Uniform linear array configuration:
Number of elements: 16
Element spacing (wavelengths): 0.75
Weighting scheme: hamming
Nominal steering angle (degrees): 30
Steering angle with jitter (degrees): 28.116
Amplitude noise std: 0.05
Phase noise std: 0.05

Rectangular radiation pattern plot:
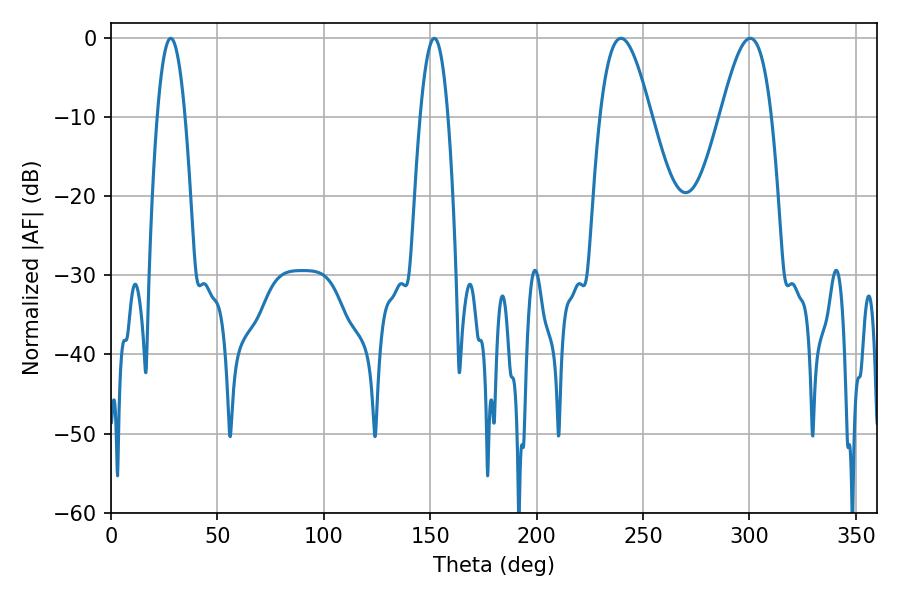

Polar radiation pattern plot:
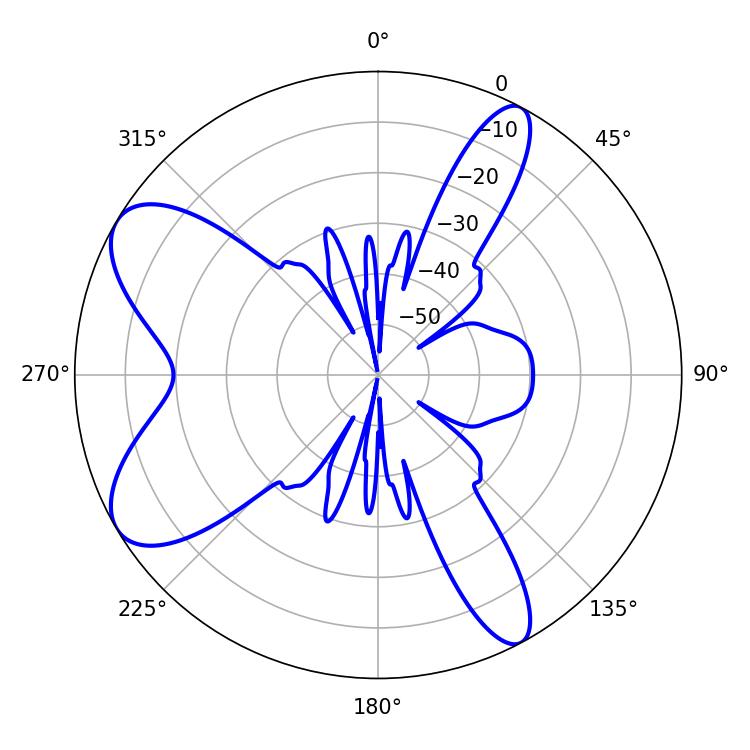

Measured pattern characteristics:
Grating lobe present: TRUE
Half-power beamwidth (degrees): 7.2
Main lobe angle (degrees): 151.92